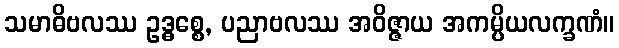
သမာဓိဗလဿ ဥဒ္ဓစ္စေ, ပညာဗလဿ အဝိဇ္ဇာယ အကမ္ပိယလက္ခဏံ။